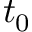
t _ { 0 }